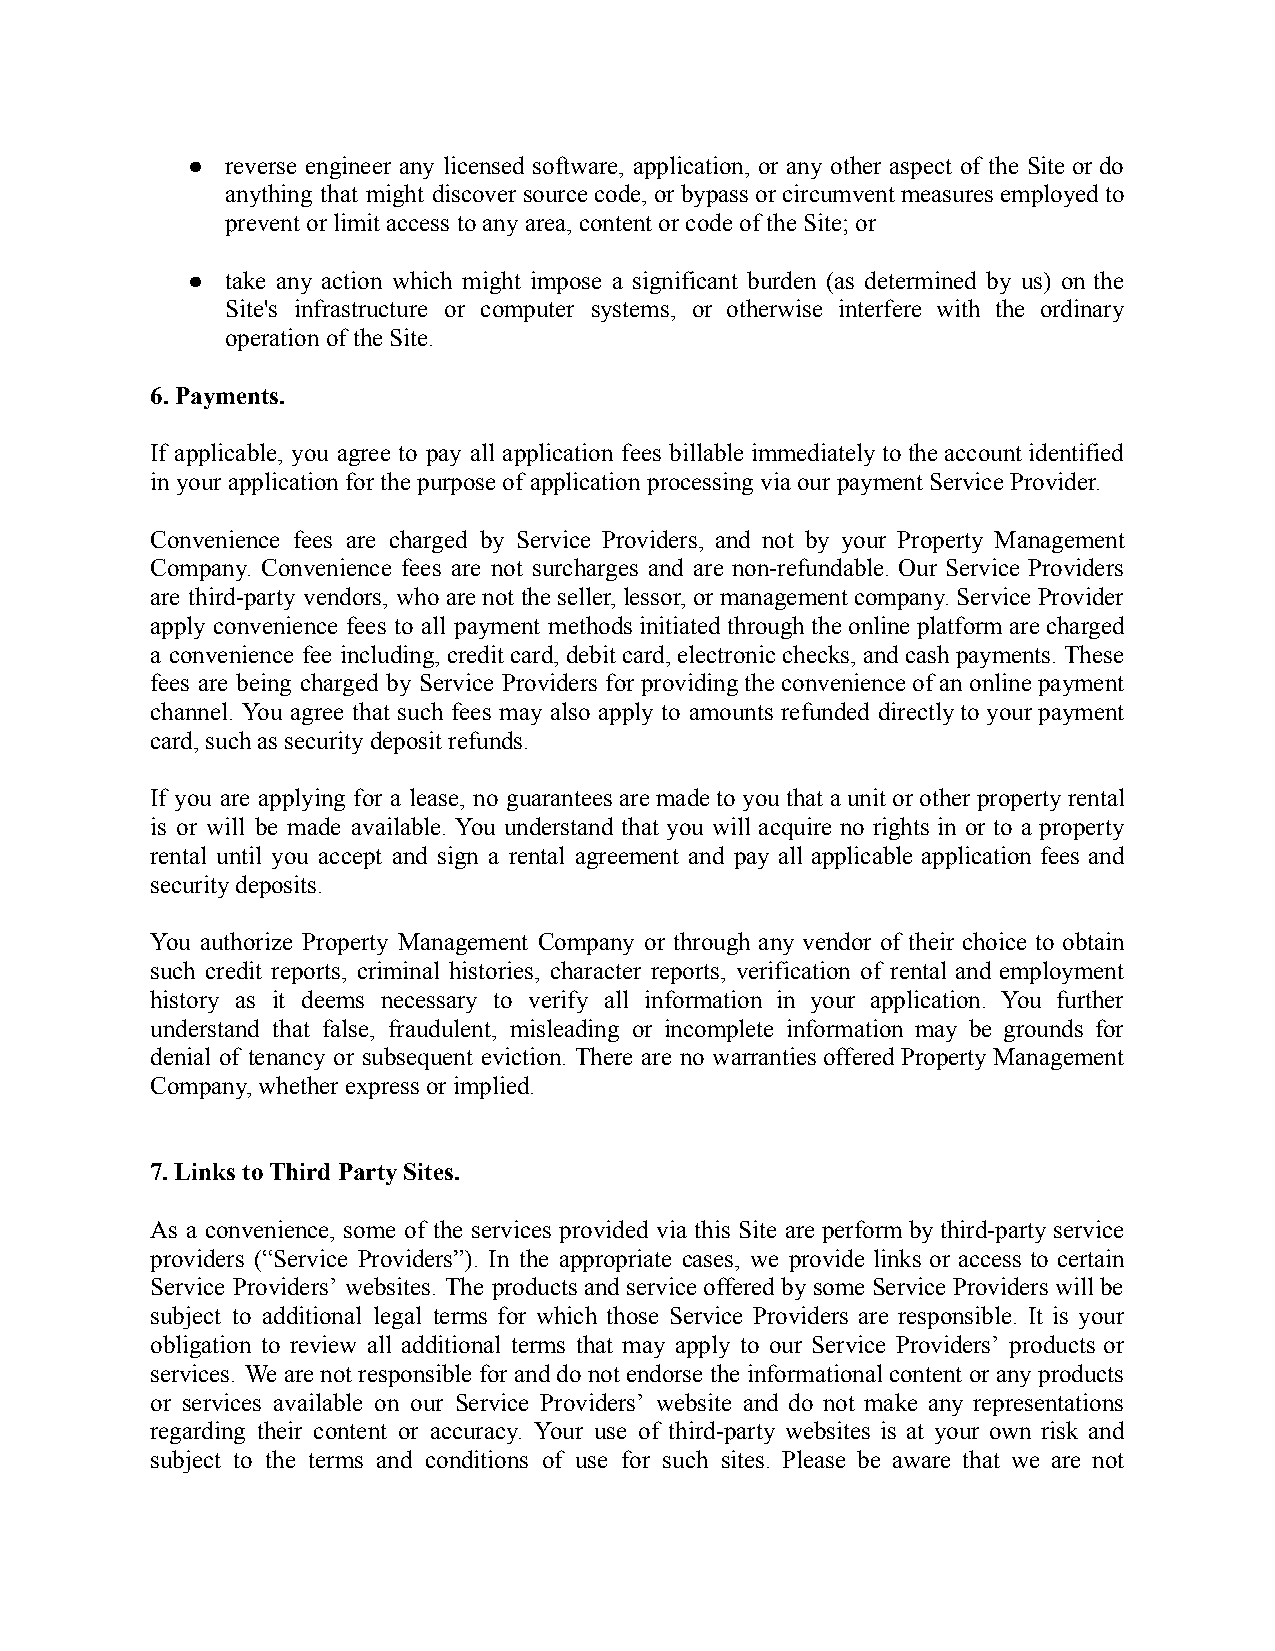
●  reverse engineer any licensed software, application, or any other aspect of the Siteor do
 anything that might discover sourcecode, orbypass orcircumventmeasuresemployedto
 prevent or limit access to any area, content or codeof the Site; or
 ●  take any action which might impose a significant burden (as determined by us) on the
 Site's infrastructure or computer systems, or otherwise interfere with the ordinary
 operation of the Site.
 6. Payments.
 If applicable, you agree to pay all application fees billable immediatelytothe accountidentified
 in your application for the purpose of applicationprocessing via our payment Service Provider.
 Convenience fees are charged by Service Providers, and not by your Property Management
 Company. Convenience fees are not surcharges and are non-refundable. Our Service Providers
 are third-party vendors, whoarenot theseller,lessor,or management company.ServiceProvider
 apply convenience fees to all payment methodsinitiated through theonline platform arecharged
 a convenience fee including, creditcard,debit card,electronicchecks,and cashpayments. These
 fees are being charged by Service Providers for providing theconvenience ofanonline payment
 channel. You agree that such fees may also apply to amounts refunded directly toyourpayment
 card, such as security deposit refunds.
 If you are applying for a lease, no guaranteesaremade toyouthat aunit orotherproperty rental
 is or will be made available. You understand that you will acquire no rights in or to a property
 rental until you accept and sign a rental agreement and pay all applicable application fees and
 security deposits.
 You authorize Property Management Company or through any vendor of their choice to obtain
 such credit reports, criminal histories, character reports, verification of rental and employment
 history as it deems necessary to verify all information in your application. You further
 understand that false, fraudulent, misleading or incomplete information may be grounds for
 denial of tenancy or subsequent eviction. There are no warranties offeredProperty Management
 Company, whether express or implied.
 7. Links to Third Party Sites.
 As a convenience, some of the services provided via this Site areperform bythird-party service
 providers (“Service Providers”). In the appropriate cases, we provide links or access to certain
 Service Providers’ websites. The productsandservice offered bysomeService Providerswill be
 subject to additional legal terms for which those Service Providers are responsible. It is your
 obligation to review all additional terms that may apply to our Service Providers’ products or
 services. Wearenot responsible for anddonotendorse theinformational contentorany products
 or services available on our Service Providers’ website and do not make any representations
 regarding their content or accuracy. Your use of third-party websites is at your own risk and
 subject to the terms and conditions of use for such sites. Please be aware that we are not